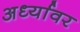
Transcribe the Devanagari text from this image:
अर्ध्यावर